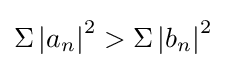
\Sigma \left|a_{n}\right|^{2}>\Sigma \left|b_{n}\right|^{2}